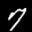
Label: 7